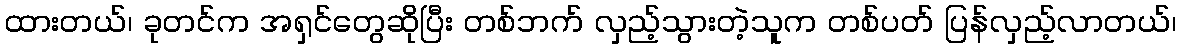
ထားတယ်၊ ခုတင်က အရှင်တွေဆိုပြီး တစ်ဘက် လှည့်သွားတဲ့သူက တစ်ပတ် ပြန်လှည့်လာတယ်၊